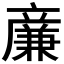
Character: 𠔳